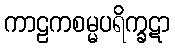
ကာဠကစမ္မပရိက္ခဋာ